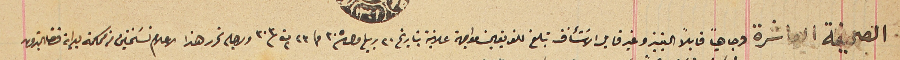
الصحيفة العاشرة وجاهياً قابلاً التمييز وغير قابل الاسَتئناف تبلغ للفريقين مواجهة علانية بتاريخ ٢٠ ربيع اول ٣٠٥ و ٢٣ ت٢ ٣٠٣ ولاجله تحرر هذا الاعلام نسَختين من محكمة بداية قضا البترون